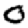
Digit: 0